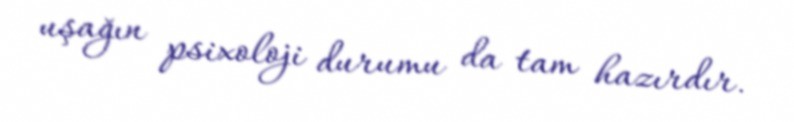
uşağın psixoloji durumu da tam hazırdır.